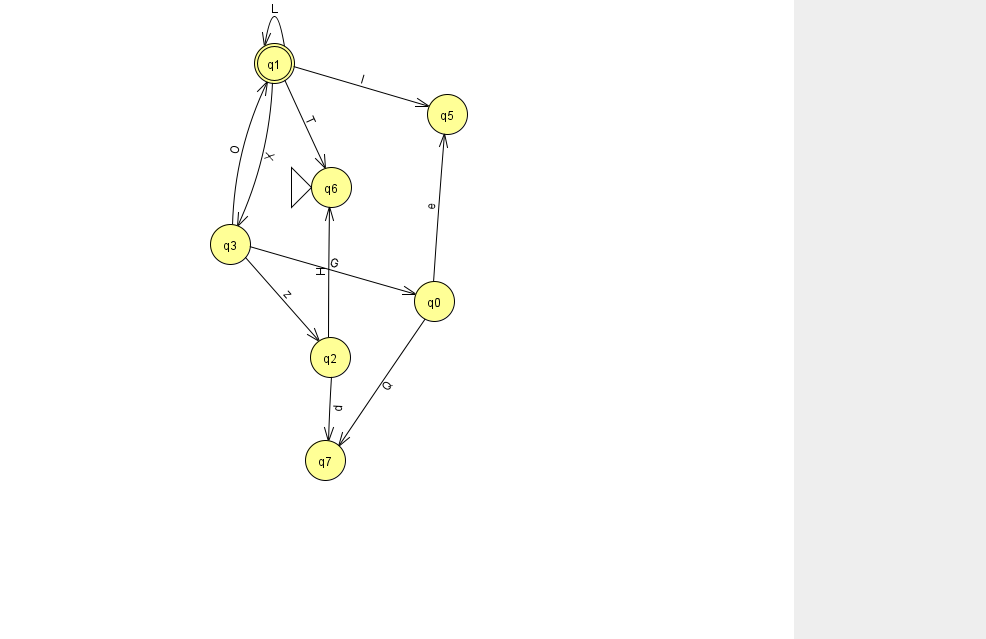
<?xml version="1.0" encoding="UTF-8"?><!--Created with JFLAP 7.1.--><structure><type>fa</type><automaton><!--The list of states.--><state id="0" name="q0"><x>434.0</x><y>288.0</y></state><state id="1" name="q1"><x>274.0</x><y>50.0</y><final/></state><state id="2" name="q2"><x>330.0</x><y>344.0</y></state><state id="3" name="q3"><x>230.0</x><y>231.0</y></state><state id="5" name="q5"><x>447.0</x><y>101.0</y></state><state id="6" name="q6"><x>331.0</x><y>174.0</y><initial/></state><state id="7" name="q7"><x>325.0</x><y>447.0</y></state><!--The list of transitions.--><transition><from>0</from><to>5</to><read>e</read></transition><transition><from>1</from><to>3</to><read>X</read></transition><transition><from>3</from><to>0</to><read>G</read></transition><transition><from>1</from><to>5</to><read>l</read></transition><transition><from>1</from><to>6</to><read>T</read></transition><transition><from>2</from><to>7</to><read>d</read></transition><transition><from>3</from><to>1</to><read>O</read></transition><transition><from>3</from><to>2</to><read>z</read></transition><transition><from>0</from><to>7</to><read>Q</read></transition><transition><from>1</from><to>1</to><read>L</read></transition><transition><from>2</from><to>6</to><read>H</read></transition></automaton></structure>